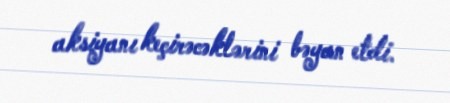
aksiyanı keçirəcəklərini bəyan etdi.